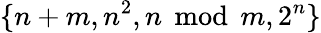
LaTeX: \{ n+m,n^{2},n\, {\bmod{\, }}m,2^{n}\}